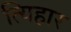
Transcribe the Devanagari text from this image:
त्यिहार